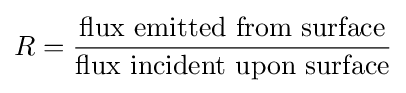
R={\frac {\mbox{flux emitted from surface}}{\mbox{flux incident upon surface}}}